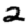
Digit: 2